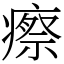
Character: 瘵